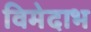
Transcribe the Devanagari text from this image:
विमेदाभ